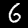
Label: 6